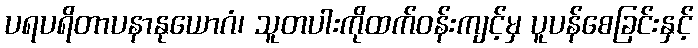
ပရပရိတာပနာနုယောဂံ၊ သူတပါးကိုထက်ဝန်းကျင့်မှ ပူပန်စေခြင်းနှင့်